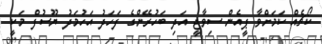
ކޯޗެއް ކަމަށްވާ ޕީއެން ސިވާޖީ އަދި ބަހުރޭންގެ ފަހަދު އަހުމަދު ޔޫސުފް މަކީ